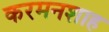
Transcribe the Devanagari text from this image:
करमनशाह